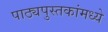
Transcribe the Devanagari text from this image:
पाठ्यपुस्तकांमध्ये